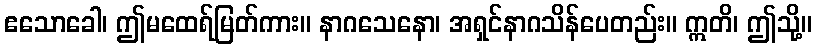
ဧသောခေါ၊ ဤမထေရ်မြတ်ကား။ နာဂသေနော၊ အရှင်နာဂသိန်ပေတည်း။ ဣတိ၊ ဤသို့။